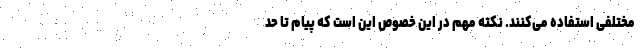
مختلفی استفاده می‌کنند. نکته مهم در این خصوص این است که پیام تا حد